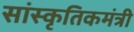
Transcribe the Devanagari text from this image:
सांस्कृतिकमंत्री